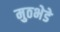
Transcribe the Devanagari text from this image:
मुठभेडे